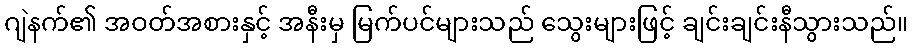
ဂျဲနက်၏ အဝတ်အစားနှင့် အနီးမှ မြက်ပင်များသည် သွေးများဖြင့် ချင်းချင်းနီသွားသည်။